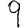
Digit: 9